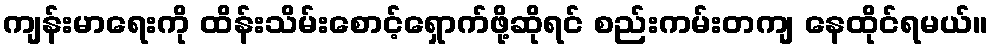
ကျန်းမာရေးကို ထိန်းသိမ်းစောင့်ရှောက်ဖို့ဆိုရင် စည်းကမ်းတကျ နေထိုင်ရမယ်။